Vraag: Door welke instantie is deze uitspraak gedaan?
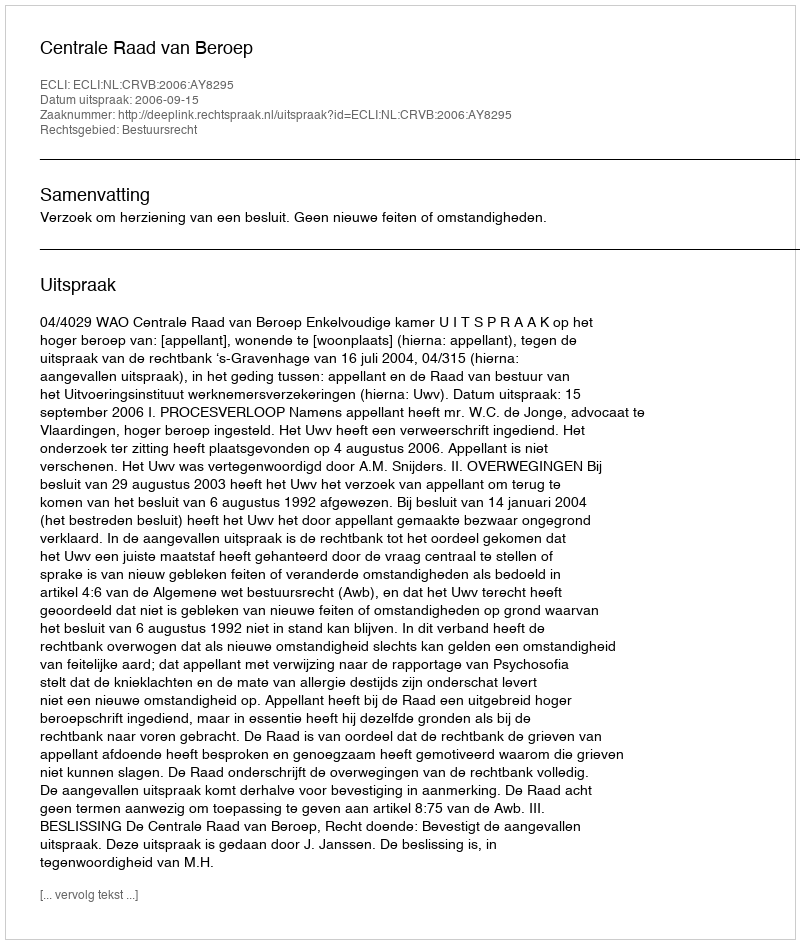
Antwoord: Centrale Raad van Beroep